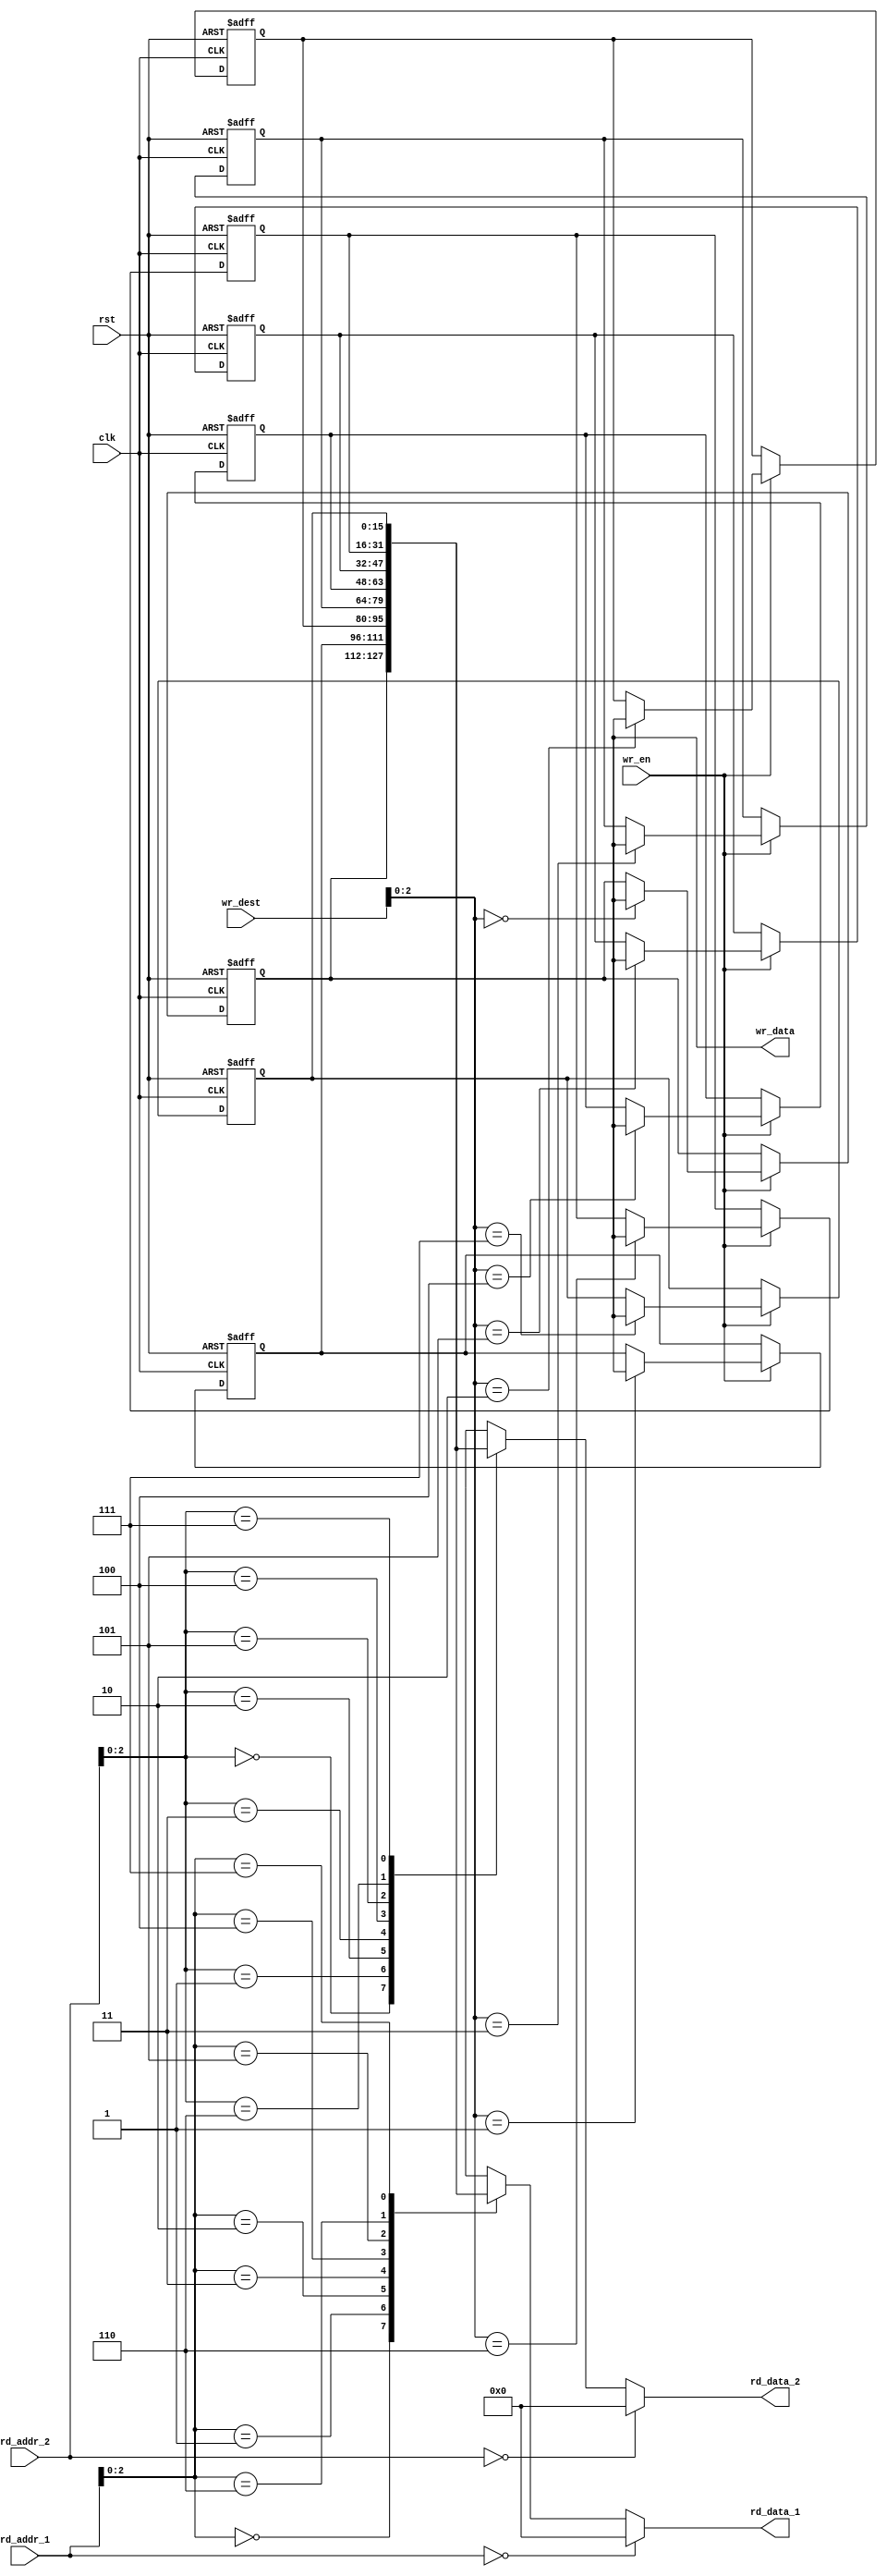
module registers(clk, rst, wr_en, wr_dest, wr_data, rd_addr_1, rd_data_1, rd_addr_2, rd_data_2);
      
      input clk, rst, wr_en;
      input [3:0] wr_dest, rd_addr_1,rd_addr_2;
      output [15:0] wr_data, rd_data_1, rd_data_2;
   
      reg [15:0] reg_loc [7:0];  

      always @ (posedge clk or posedge rst) begin  
           if(rst) begin  
                reg_loc[0] <= 16'h0000;  
                reg_loc[1] <= 16'h0f00;  
                reg_loc[2] <= 16'h0050;  
                reg_loc[3] <= 16'hff0f;  
                reg_loc[4] <= 16'hf0ff;  
                reg_loc[5] <= 16'h0040;  
                reg_loc[6] <= 16'h0024;  
                reg_loc[7] <= 16'h00ff;
                reg_loc[8] <= 16'haaaa;
                reg_loc[9] <= 16'h0000;
                reg_loc[10] <= 16'h0000;
                reg_loc[11] <= 16'h0000;
                reg_loc[12] <= 16'hffff;
                reg_loc[13] <= 16'h0002;
                reg_loc[14] <= 16'h0000;
                reg_loc[15] <= 16'h0000;       
           end  
           else begin  
                if(wr_en) begin  
                     reg_loc[wr_dest] <= wr_data;  
                end  
           end  
      end
      
      assign rd_data_1 = ( rd_addr_1 == 0)? 16'b0 : reg_loc[rd_addr_1];  
      assign rd_data_2 = ( rd_addr_2 == 0)? 16'b0 : reg_loc[rd_addr_2];  
      
 endmodule